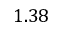
1 . 3 8